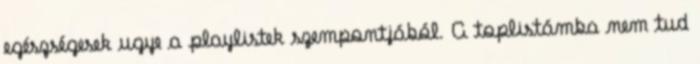
egészségesek ugye a playlistek szempontjából. A toplistámba nem tud